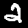
Digit: 2